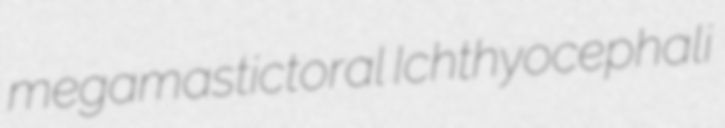
megamastictoral Ichthyocephali